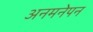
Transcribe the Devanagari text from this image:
अनमनेपन